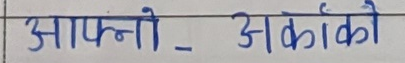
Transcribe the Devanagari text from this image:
आफ्नो अकांको